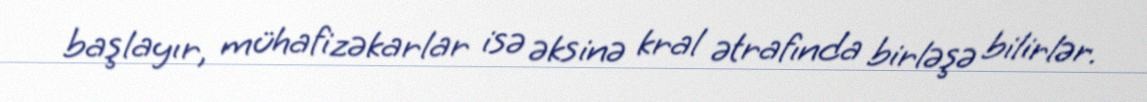
başlayır, mühafizəkarlar isə əksinə kral ətrafında birləşə bilirlər.